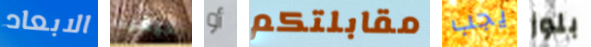
الابعاد كيفيه أو مقابلتكم يجب بلوز